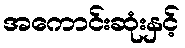
အကောင်းဆုံးနှင့်